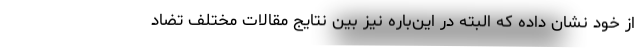
از خود نشان داده که البته در این‌باره نیز بین نتایج مقالات مختلف تضاد